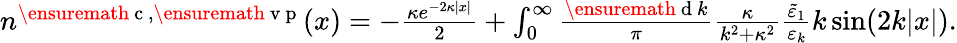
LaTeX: \begin{array}{r}{n^{\ensuremath{\mathrm{~c~}},\ensuremath{\mathrm{~v~p~}}}(x)=-\frac{\kappa e^{-2\kappa|x|}}{2}+\int_{0}^{\infty}\frac{\ensuremath{\mathrm{~d~}}k}{\pi}\frac{\kappa}{k^{2}+\kappa^{2}}\frac{\tilde{\varepsilon}_{1}}{\varepsilon_{k}}k\sin(2k|x|).}\end{array}